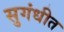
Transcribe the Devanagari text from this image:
सुगंधीत